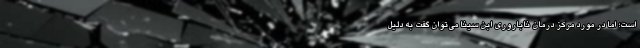
است؛ اما در مورد مرکز درمان ناباروری ابن سینا می‌توان گفت به دلیل